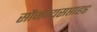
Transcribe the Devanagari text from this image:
सौजन्यसप्ताह६